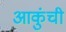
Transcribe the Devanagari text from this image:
आकुंची